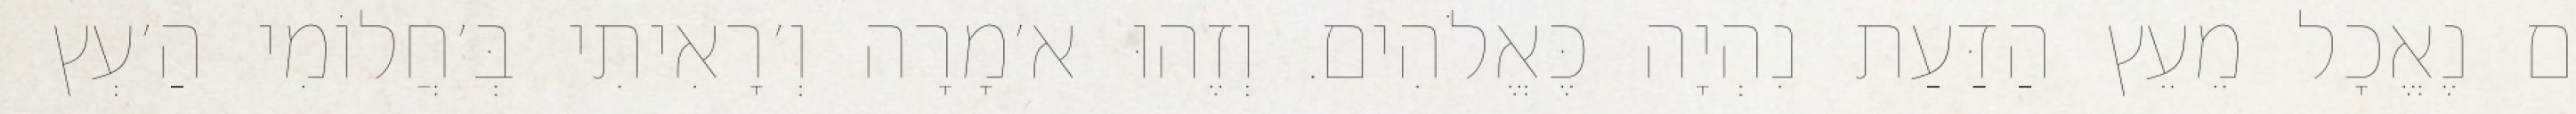
אִם נֶאֱכָל מֵעֵץ הַדַּעַת נִהְיָה כֶּאֱלֹהִים. וְזֶהוּ א׳מָרָה וְ׳רָאִיתִי בְּ׳חֲלוֹמִי הַ׳עְץ